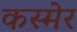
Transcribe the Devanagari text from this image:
कस्मेर